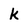
Character: k